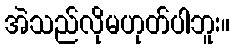
အဲသည်လိုမဟုတ်ပါဘူး။